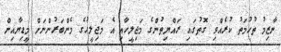
ނާޒިމު ތުހުމަތު ކުރެއްވި ގޮތުގައި ރައްޔިތުންގެ މަޖިލީހާއި އެ މަޖިލީހުގެ މެންބަރުންނަށް މީޑިޔާއިން